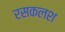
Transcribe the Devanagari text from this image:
रसकलश